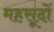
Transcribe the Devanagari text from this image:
महसूदों